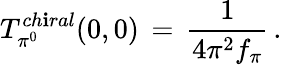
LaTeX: T_{\pi^{0}}^{ch\mathbf{i}ral}(0,0)\, =\, \frac{{1}}{{4\pi^{2}f_{\pi}}}\, .